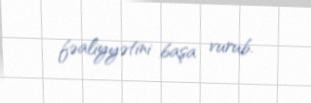
fəaliyyətini başa vurub.